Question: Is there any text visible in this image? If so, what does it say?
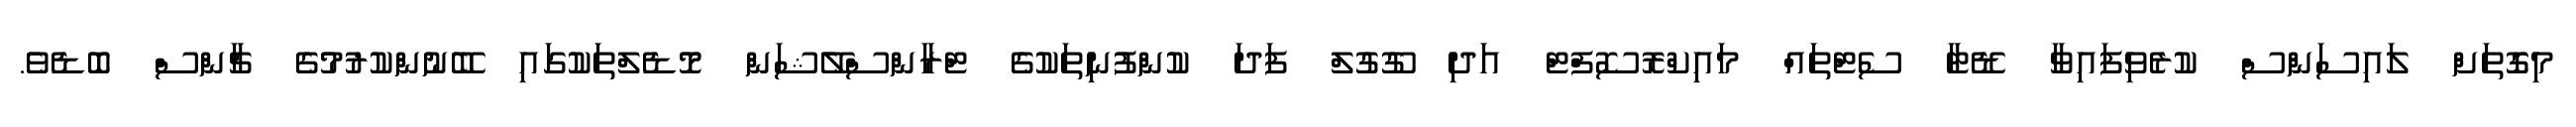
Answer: މިގޮތަށް ލައިސަންސް ކުރެވިފައިވާ ޑޭޓާ ސެޓްތައް މައިކްރޮސޮފްޓް އަދި ގޫގުލް ފަދަ ކުންފުނިތަކުގެ ޓްރާންސްލޭޝަން މޮޑެލްތަކުގައި ބޭނުންކުރުމުގެ ޗާންސް ބޮޑެވެ.